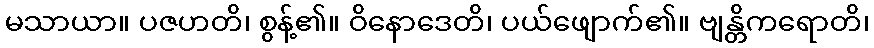
မသာယာ။ ပဇဟတိ၊ စွန့်၏။ ဝိနောဒေတိ၊ ပယ်ဖျောက်၏။ ဗျန္တိကရောတိ၊